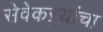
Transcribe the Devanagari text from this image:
सेवेकऱ्यांचा